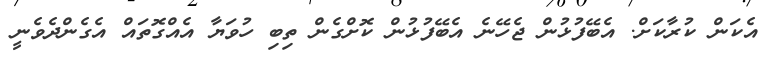
އެކަން ކުރާކަށް. އެބޭފުޅުން ޖެހޭނެ އެބޭފުޅުން ކޮށްގެން ތިބި ހުވަޔާ އެއްގޮތައް އެގެންދެވެނީ